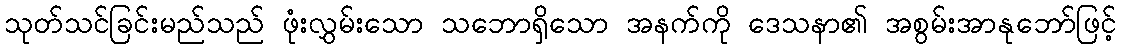
သုတ်သင်ခြင်းမည်သည် ဖုံးလွှမ်းသော သဘောရှိသော အနက်ကို ဒေသနာ၏ အစွမ်းအာနုဘော်ဖြင့်